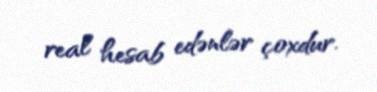
real hesab edənlər çoxdur.